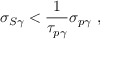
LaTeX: \sigma _ { S \gamma } < \frac { 1 } { \tau _ { p \gamma } } \sigma _ { p \gamma } ~ ,